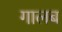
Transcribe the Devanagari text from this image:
गालब